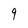
Character: 9